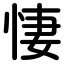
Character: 悽